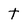
Character: t